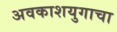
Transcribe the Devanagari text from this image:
अवकाशयुगाचा